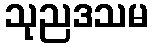
သုညဒသမ